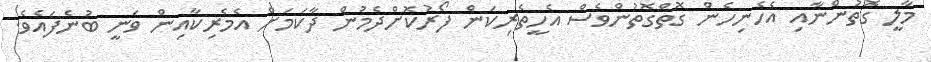
މާލީ ގޮތުންނާއި އެހެނިހެން ގޮތްގޮތުންވެސް އެހީތެރިކަން ފޯރުކޮށްދެމުން ދާކަމަށް އެމެރިކާއިން ވަނީ ބުނެފައެވެ.